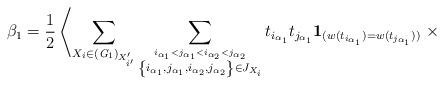
LaTeX: \begin{align*}\beta_1=\frac{1}{2}\left\langle\sum_{X_i\in ({\it G}_1)_{X'_{i'}}}\sum_{\stackrel{i_{\alpha_{1}}< j_{\alpha_{1}}<i_{\alpha_{2}}< j_{\alpha_{2}}}{\left\{i_{\alpha_{1}},j_{\alpha_{1}},i_{\alpha_{2}},j_{\alpha_{2}}\right\}\in J_{X_{i}}}}t_{i_{\alpha_{1}}}t_{j_{\alpha_{1}}}{\bf 1}_{(w(t_{i_{\alpha_{1}}})=w(t_{j_{\alpha_{1}}}))}\right. \times\end{align*}